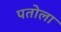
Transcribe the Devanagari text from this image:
पतोला